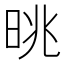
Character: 晀